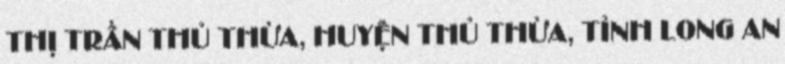
THỊ TRẤN THỦ THỪA, HUYỆN THỦ THỪA, TỈNH LONG AN